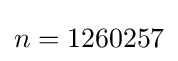
n=1260257